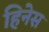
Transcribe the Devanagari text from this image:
हिनेस